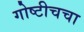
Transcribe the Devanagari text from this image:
गोष्टीचचा